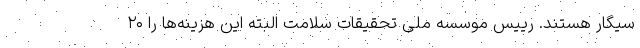
سیگار هستند. رییس موسسه ملی تحقیقات سلامت البته این هزینه‌ها را ۲۰